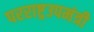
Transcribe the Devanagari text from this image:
परराष्ट्रउपमंत्री